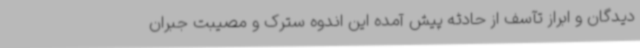
دیدگان و ابراز تآسف از حادثه پیش آمده این اندوه سترک و مصیبت جبران